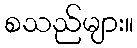
စသည်များ။